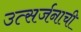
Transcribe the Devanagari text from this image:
उत्सर्जनाची